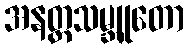
အနတ္တသမ္ဘူတော